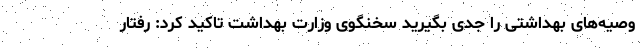
وصیه‌های بهداشتی را جدی بگیرید سخنگوی وزارت بهداشت تاکید کرد: رفتار